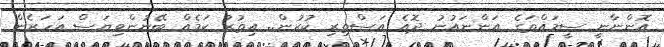
އޮންނާނީ ސީމައްތަގެ އަންނައުނު ދޮއެ އަސްތިރި ކުރުން.. އިތުރު ކަމެއް ބޭނުންވިޔަސް އަހަރެން